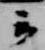
云